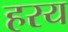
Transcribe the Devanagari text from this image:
हरय